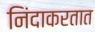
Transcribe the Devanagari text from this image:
निंदाकरतात